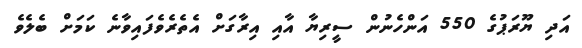
އަދި ޔޫރަޕުގެ 550 އަންހެނުން ސީރިޔާ އާއި އިރާގަށް އެތެރެވެފައިވާނެ ކަމަށް ބެލެވެ